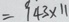
= 9 4 3 \times 1 1